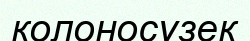
колоносүзек